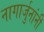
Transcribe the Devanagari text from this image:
नागार्जुनांनी